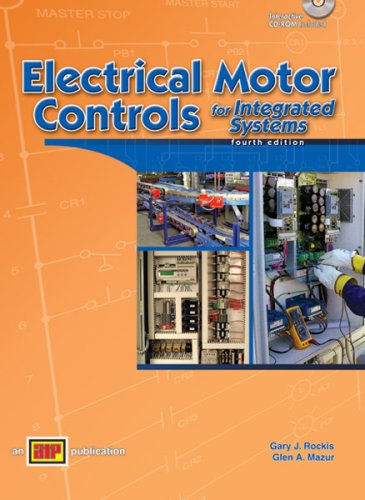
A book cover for Electrical Motor Controls for Integrated Systems; Gary J. Rockis; Science & Math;